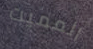
المميت